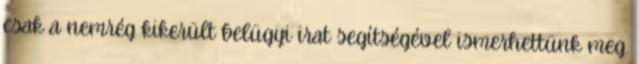
csak a nemrég kikerült belügyi irat segítségével ismerhettünk meg.